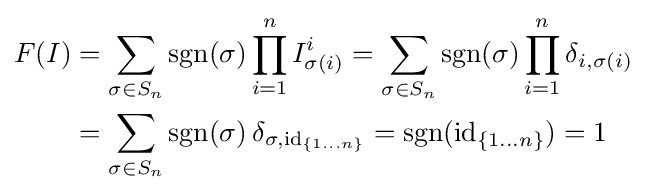
{\begin{aligned}F(I)&=\sum _{\sigma \in S_{n}}\operatorname {sgn} (\sigma )\prod _{i=1}^{n}I_{\sigma (i)}^{i}=\sum _{\sigma \in S_{n}}\operatorname {sgn} (\sigma )\prod _{i=1}^{n}\operatorname {\delta } _{i,\sigma (i)}\\&=\sum _{\sigma \in S_{n}}\operatorname {sgn} (\sigma )\operatorname {\delta } _{\sigma ,\operatorname {id} _{\{1\ldots n\}}}=\operatorname {sgn} (\operatorname {id} _{\{1\ldots n\}})=1\end{aligned}}